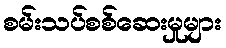
စမ်းသပ်စစ်ဆေးမှုများ